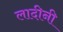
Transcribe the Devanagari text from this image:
लादीनी